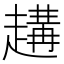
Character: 𧽝